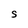
Character: S